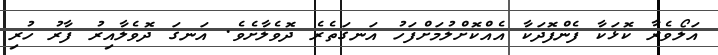
އަލޯވެރާ ކޮޅަކާ ފެންފޮދަކާ އެއްކޮށްލުމަށްފަހު އަނގަތެރެ ދޮވެލާށެވެ. އަނގަ ދޮވެލާއިރު ފާރު ހުރި